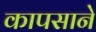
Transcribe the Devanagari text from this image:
कापसाने